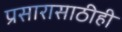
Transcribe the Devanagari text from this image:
प्रसारासाठीही